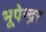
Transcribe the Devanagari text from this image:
भूपेन्‍द्रर